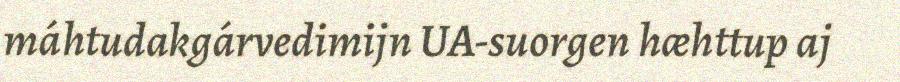
máhtudakgárvedimijn UA-suorgen hæhttup aj